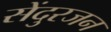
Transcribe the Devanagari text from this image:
सेंदुरजन